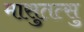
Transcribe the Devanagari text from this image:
मासुतत्सु